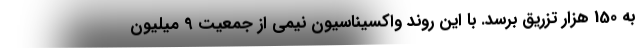
به 150 هزار تزریق برسد. با این روند واکسیناسیون نیمی از جمعیت 9 میلیون